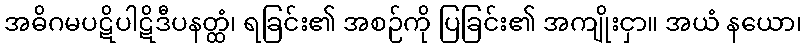
အဓိဂမပဋိပါဋိဒီပနတ္ထံ၊ ရခြင်း၏ အစဉ်ကို ပြခြင်း၏ အကျိုးငှာ။ အယံ နယော၊